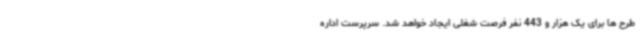
طرح ها برای یک هزار و 443 نفر فرصت شغلی ایجاد خواهد شد. سرپرست اداره